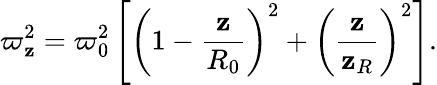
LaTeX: \varpi_{\mathbf{z}}^{2}=\varpi_{0}^{2}\left[\left(1-\frac{{\mathbf{z}}}{{R_{0}}}\right)^{2}+\left(\frac{{\mathbf{z}}}{{\mathbf{z}_{R}}}\right)^{2}\right].